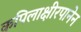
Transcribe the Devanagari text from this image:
कपिलाक्षीरपानेन